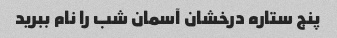
پنج ستاره درخشان آسمان شب را نام ببرید